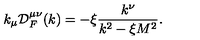
k _ { \mu } { \cal D } _ { F } ^ { \mu \nu } ( k ) = - \xi \frac { k ^ { \nu } } { k ^ { 2 } - \xi M ^ { 2 } } .